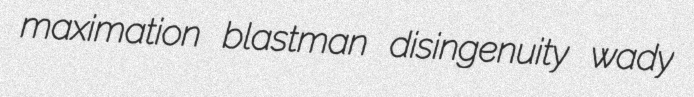
maximation blastman disingenuity wady